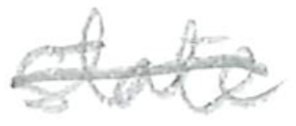
Text: state
Cross-out: single-line
Writing tool: pencil